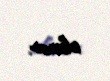
olunur.